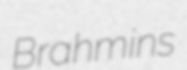
Brahmins